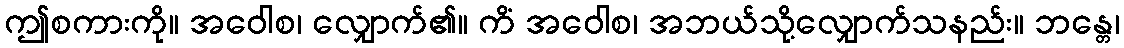
ဤစကားကို။ အဝေါစ၊ လျှောက်၏။ ကိံ အဝေါစ၊ အဘယ်သို့လျှောက်သနည်း။ ဘန္တေ၊